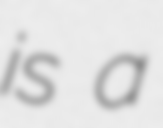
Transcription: is a